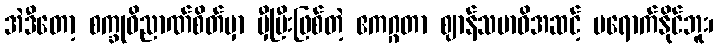
အဲဒီတော့ စက္ခုဝိညာဏ်စိတ်မှာ မှီပြီးဖြစ်တဲ့ ဧကဂ္ဂတာ ဈာန်သမာဓိအဆင့် မရောက်နိုင်ဘူး၊